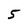
Character: 5